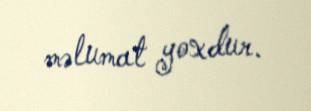
məlumat yoxdur.